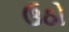
ઉઠો